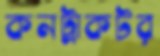
কনট্রাকটর